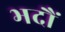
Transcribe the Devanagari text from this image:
भदौं